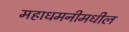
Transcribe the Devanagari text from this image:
महाधमनीमधील